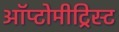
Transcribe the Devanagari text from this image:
ऑप्टोमीट्रिस्ट